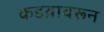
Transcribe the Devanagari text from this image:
कडय़ावरून